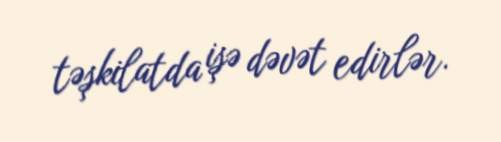
təşkilatda işə dəvət edirlər.